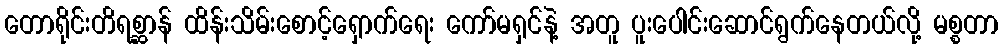
တောရိုင်းတိရစ္ဆာန် ထိန်းသိမ်းစောင့်ရှောက်ရေး ကော်မရှင်နဲ့ အတူ ပူးပေါင်းဆောင်ရွက်နေတယ်လို့ မစ္စတာ